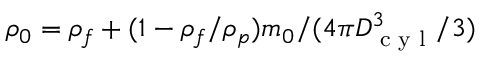
\rho _ { 0 } = \rho _ { f } + ( 1 - \rho _ { f } / \rho _ { p } ) m _ { 0 } / ( 4 \pi D _ { \textrm { c y l } } ^ { 3 } / 3 )